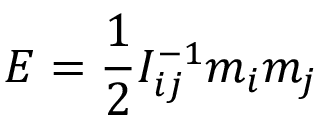
E = \frac 1 2 I _ { i j } ^ { - 1 } m _ { i } m _ { j }